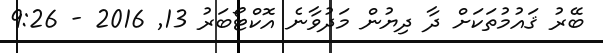
ބޭރު ޤައުމުތަކަށް ދާ ދިޔުން މަދުވާނެ އޮކްޓޯބަރު 13